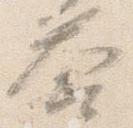
答